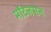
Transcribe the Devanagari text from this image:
मॉटलसन